Indian journal of veterinary science and animal husbandry - Volume 5,
Year: 1935
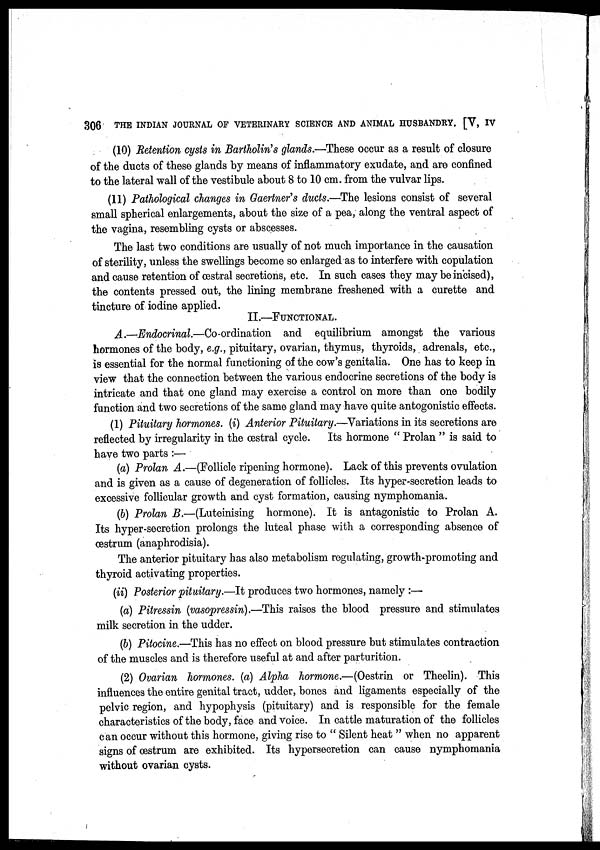
306
THE INDIAN JOURNAL OF VETERINARY SCIENCE AND ANIMAL HUSBANDRY. [V, IV
(10) Retention cysts in Bartholin's glands.—These occur as a result of closure
of the ducts of these glands by means of inflammatory exudate, and are confined
to the lateral wall of the vestibule about 8 to 10 cm. from the vulvar lips.
(11) Pathological changes in Gaertner's ducts.—The lesions consist of several
small spherical enlargements, about the size of a pea, along the ventral aspect of
the vagina, resembling cysts or abscesses.
The last two conditions are usually of not much importance in the causation
of sterility, unless the swellings become so enlarged as to interfere with copulation
and cause retention of œstral secretions, etc. In such cases they may be incised),
the contents pressed out, the lining membrane freshened with a curette and
tincture of iodine applied.
II.—FUNCTIONAL.
A.—Endocrinal.—Co-ordination
and equilibrium amongst the various
hormones of the body, e.g., pituitary, ovarian, thymus, thyroids, adrenals, etc.,
is essential for the normal functioning of the cow's genitalia. One has to keep in
view that the connection between the various endocrine secretions of the body is
intricate and that one gland may exercise a control on more than one bodily
function and two secretions of the same gland may have quite antogonistic effects.
(1) Pituitary hormones. (i) Anterior Pituitary.—Variations in its secretions are
reflected by irregularity in the œstral cycle.
Its hormone " Prolan " is said to
have two parts :—
(a) Prolan A.—(Follicle ripening hormone). Lack of this prevents ovulation
and is given as a cause of degeneration of follicles. Its hyper-secretion leads to
excessive follicular growth and cyst formation, causing nymphomania.
(b) Prolan B.—(Luteinising
hormone). It is antagonistic to Prolan A.
Its hyper-secretion prolongs the luteal phase with a corresponding absence of
œstrum (anaphrodisia).
The anterior pituitary has also metabolism regulating, growth-promoting and
thyroid activating properties.
(ii) Posterior pituitary.—It produces two hormones, namely :—
(a) Pitressin (vasopressin).—This raises the blood pressure and stimulates
milk secretion in the udder.
(b) Pitocine.—This has no effect on blood pressure but stimulates contraction
of the muscles and is therefore useful at and after parturition.
(2) Ovarian hormones. (a) Alpha hormone.—(Oestrin or Theelin). This
influences the entire genital tract, udder, bones and ligaments especially of the
pelvic region, and hypophysis (pituitary) and is responsible for the female
characteristics of the body, face and voice. In cattle maturation of the follicles
can occur without this hormone, giving rise to " Silent heat " when no apparent
signs of œstrum are exhibited. Its hypersecretion can cause nymphomania
without ovarian cysts.